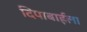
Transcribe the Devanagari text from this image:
दिपाबाईला